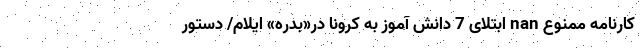
کارنامه ممنوع nan ابتلای 7 دانش آموز به کرونا در«بدره» ایلام/ دستور